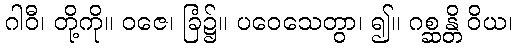
ဂါဝီ၊ တို့ကို။ ဝဇေ၊ ခြံ၌။ ပဝေသေတွာ၊ ၍။ ဂစ္ဆန္တိ ဝိယ၊